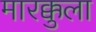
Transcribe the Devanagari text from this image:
मारक्कुला